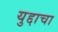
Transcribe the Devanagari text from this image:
युद्दाचा